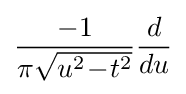
{\frac {-1}{\pi {\sqrt {u^{2}\!-\!t^{2}}}}}{\frac {d}{du}}